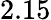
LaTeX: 2.15